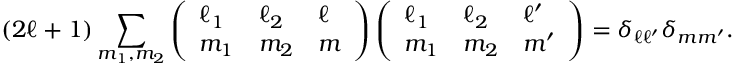
( 2 \ell + 1 ) \sum _ { m _ { 1 } , m _ { 2 } } \left( \begin{array} { l l l } { \ell _ { 1 } } & { \ell _ { 2 } } & { \ell } \\ { m _ { 1 } } & { m _ { 2 } } & { m } \end{array} \right) \left( \begin{array} { l l l } { \ell _ { 1 } } & { \ell _ { 2 } } & { \ell ^ { \prime } } \\ { m _ { 1 } } & { m _ { 2 } } & { m ^ { \prime } } \end{array} \right) = \delta _ { \ell \ell ^ { \prime } } \delta _ { m m ^ { \prime } } .